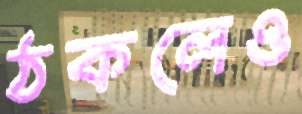
ঠকলেও